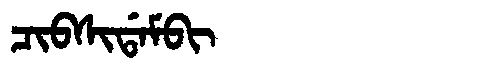
Manchu: ᠴᡳᠪᠰᡳᡩᠠᠮᠪᡳ
Romanization: CIBSIDAMBI